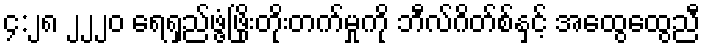
၄:၂၈ ၂၂၂၀ ရေရှည်ဖွံ့ဖြိုးတိုးတက်မှုကို ဘီလ်ဂိတ်စ်နှင့် အထွေထွေညီ